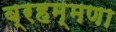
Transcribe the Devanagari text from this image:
ब्रहम्मणा